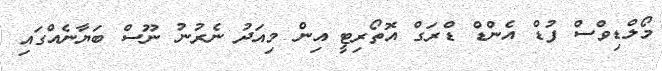
މޯލްޑިވްސް ފުޑް އެންޑް ޑްރަގް އޮތޯރިޓީ އިން މިއަދު ނެރުނު ނޫސް ބަޔާނެއްގައި